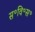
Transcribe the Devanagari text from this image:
स॰वि॰स॰